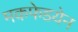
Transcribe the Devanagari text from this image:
मकफेडयेन